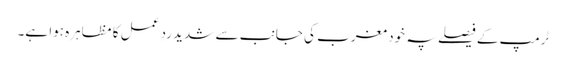
ٹرمپ کے فیصلے پہ خود مغرب کی جانب سے شدید ردِ عمل کا مظاہرہ ہوا ہے۔